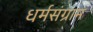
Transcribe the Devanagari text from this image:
धर्मसंग्राम